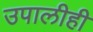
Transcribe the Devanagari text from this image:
उपालीही